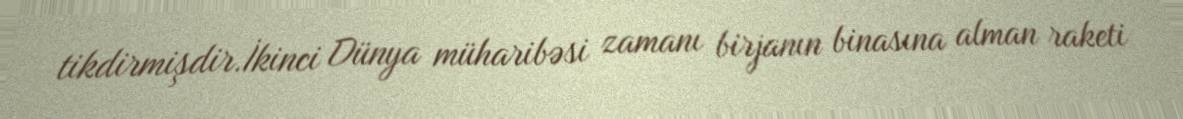
tikdirmişdir.İkinci Dünya müharibəsi zamanı birjanın binasına alman raketi